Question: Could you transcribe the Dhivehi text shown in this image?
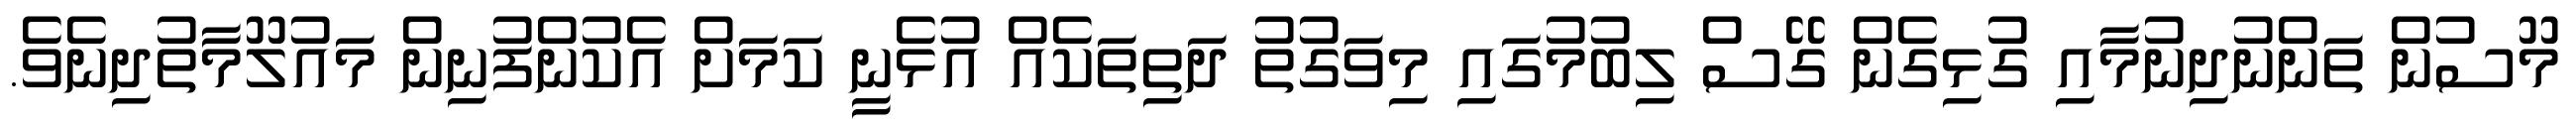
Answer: މޫސުން ތަންނުދިނުމާއި ގުޅިގެން ގޭސް ލިބުމުގައި މިވަގުތު ދަތިތަކެއް އުޅެނީ ކަމަށް އެކުންފުނިން މައުލޫމާތުދިނެވެ.